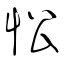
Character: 忪